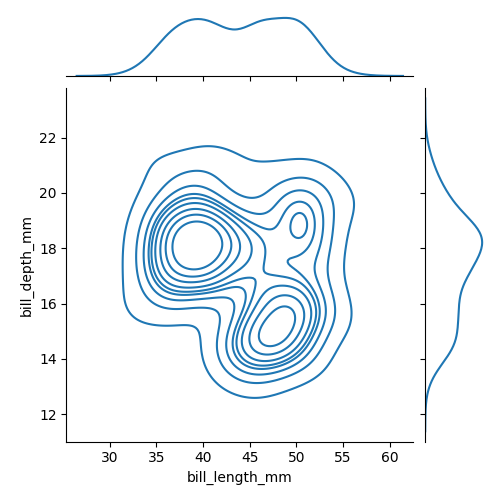
python, seaborn, jointplot, kind='kde', height='5', ratio='5', marginal_ticks='False'